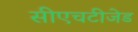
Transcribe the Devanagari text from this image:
सीएचटीजेड